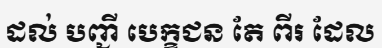
ដល់ បញ្ជី បេក្ខជន តែ ពីរ ដែល